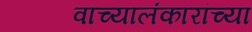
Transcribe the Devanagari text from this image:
वाच्यालंकारांच्या